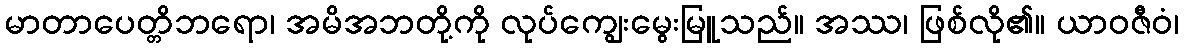
မာတာပေတ္တိဘရော၊ အမိအဘတို့ကို လုပ်ကျွေးမွေးမြူသည်။ အဿ၊ ဖြစ်လို၏။ ယာဝဇီဝံ၊